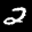
Label: 2